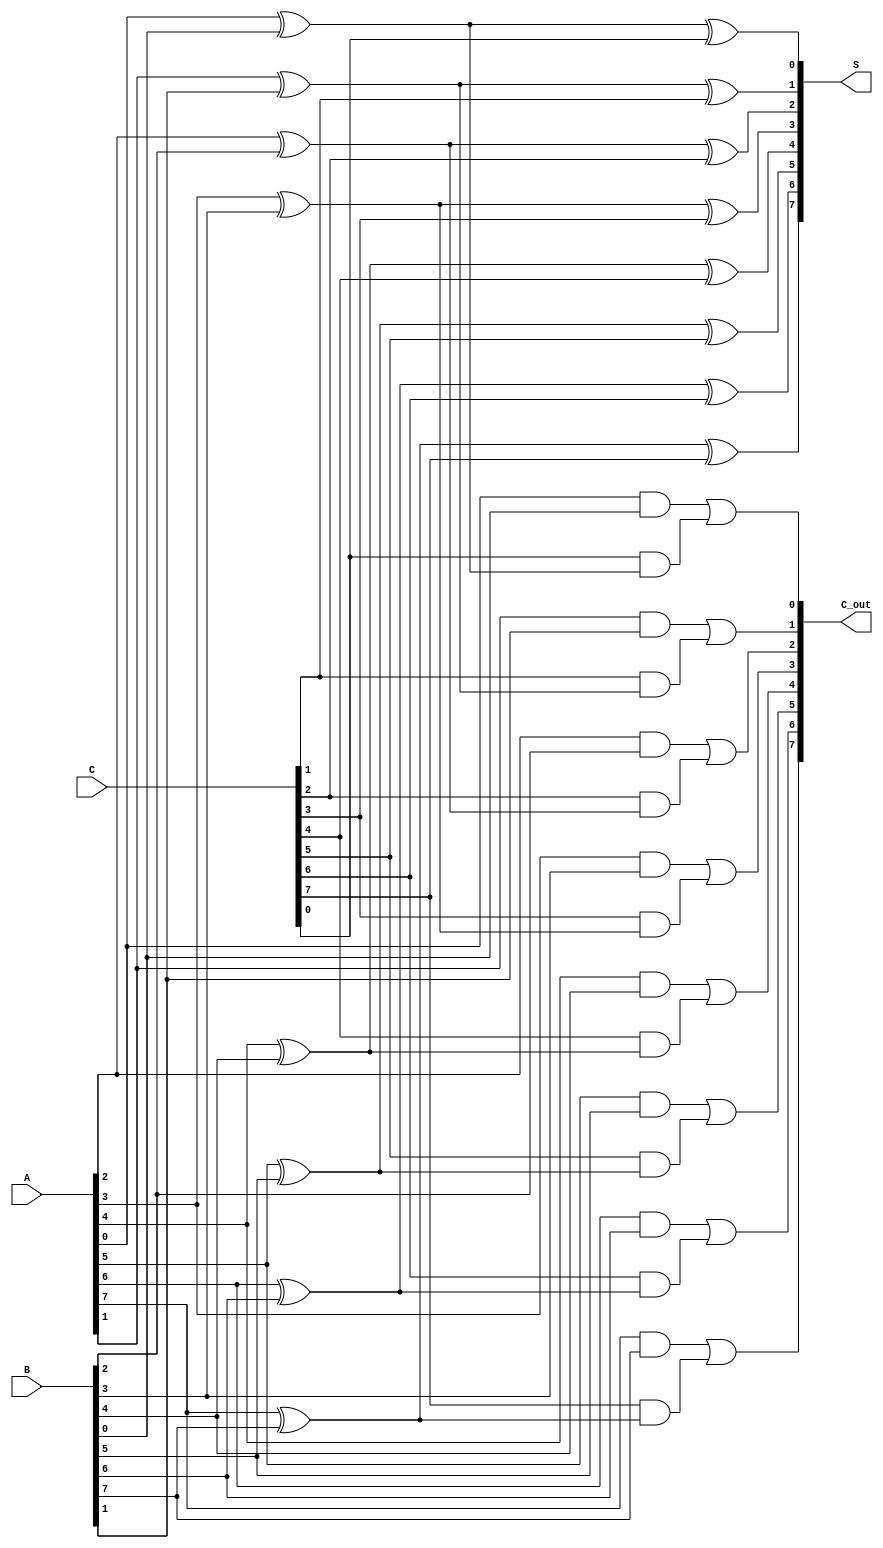
module ArrayCarrySaveAdder #(
    parameter W = 8  // Width of the operands
)(
    input  [W-1:0] A,  // First operand
    input  [W-1:0] B,  // Second operand
    input  [W-1:0] C,  // Third operand
    output [W-1:0] S,  // Sum output
    output [W-1:0] C_out // Carry output
);

    // Intermediate carry and sum wires
    wire [W-1:0] sum_temp;
    wire [W-1:0] carry_temp;

    // Full adder logic for each bit position
    genvar i;
    generate
        for (i = 0; i < W; i = i + 1) begin : full_adder_array
            // Full adder for three inputs: A[i], B[i], C[i]
            assign sum_temp[i] = A[i] ^ B[i] ^ C[i]; // Sum = A  B  C
            assign carry_temp[i] = (A[i] & B[i]) | (C[i] & (A[i] ^ B[i])); // Carry = (A AND B) OR (C AND (A  B))
        end
    endgenerate

    // Assign outputs
    assign S = sum_temp;      // Intermediate sum output
    assign C_out = carry_temp; // Intermediate carry output

endmodule